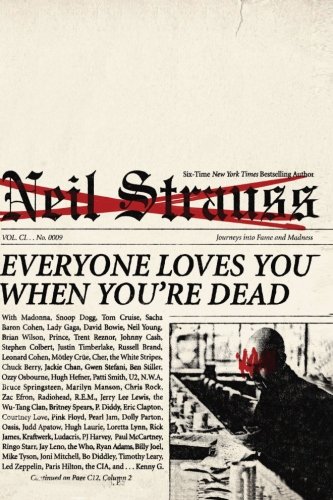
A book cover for Everyone Loves You When You're Dead: Journeys into Fame and Madness; Neil Strauss; Biographies & Memoirs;